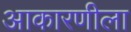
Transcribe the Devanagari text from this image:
आकारणीला